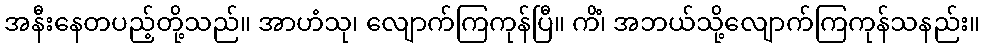
အနီးနေတပည့်တို့သည်။ အာဟံသု၊ လျောက်ကြကုန်ပြီ။ ကိံ၊ အဘယ်သို့လျောက်ကြကုန်သနည်း။